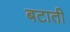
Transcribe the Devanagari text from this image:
बटाती